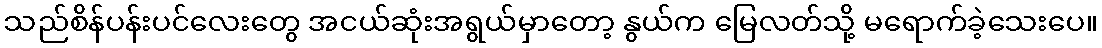
သည်စိန်ပန်းပင်လေးတွေ အငယ်ဆုံးအရွယ်မှာတော့ နွယ်က မြေလတ်သို့ မရောက်ခဲ့သေးပေ။